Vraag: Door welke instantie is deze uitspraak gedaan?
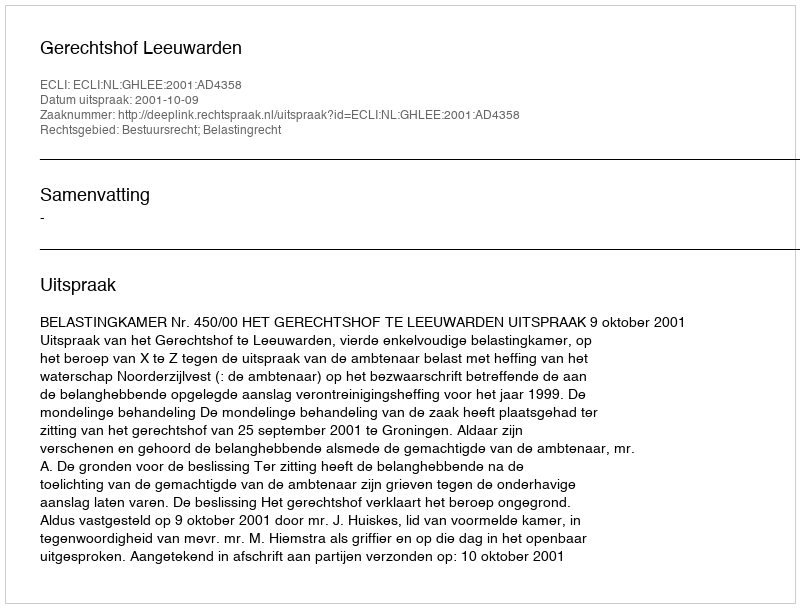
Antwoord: Gerechtshof Leeuwarden